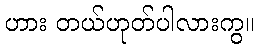
ဟား တယ်ဟုတ်ပါလားကွ။